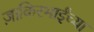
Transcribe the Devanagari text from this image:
ज़ाकिरभाईंच्या